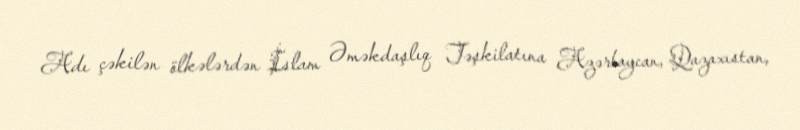
Adı çəkilən ölkələrdən İslam Əməkdaşlıq Təşkilatına Azərbaycan, Qazaxıstan,